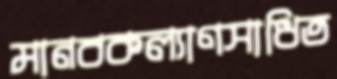
মানবকল্যাণসাধিত